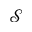
\mathcal { S }